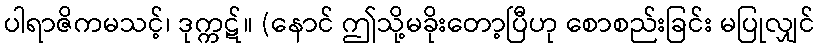
ပါရာဇိကမသင့်၊ ဒုက္ကဋ်။ (နောင် ဤသို့မခိုးတော့ပြီဟု စောစည်းခြင်း မပြုလျှင်